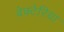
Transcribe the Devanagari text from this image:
बेक्टेरिया